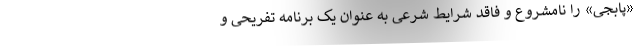
«پابجی» را نامشروع و فاقد شرایط شرعی به عنوان یک برنامه تفریحی و